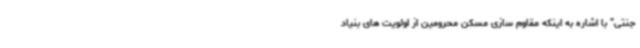
جنتی” با اشاره به اینکه مقاوم سازی مسکن محرومین از اولویت های بنیاد